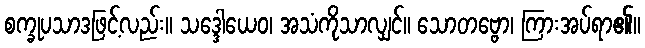
စက္ခုပသာဒဖြင့်လည်း။ သဒ္ဒေါယေဝ၊ အသံကိုသာလျှင်။ သောတဗ္ဗော၊ ကြားအပ်ရာ၏။